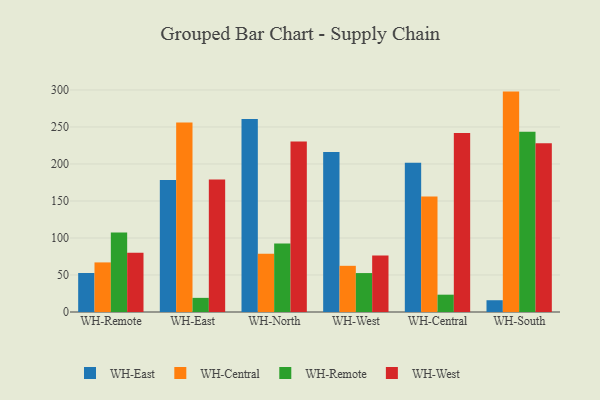
{"axis": {"x": "Warehouse", "y": "Latency (ms)"}, "legend": ["WH-Central", "WH-East", "WH-Remote", "WH-West"], "data": [{"x": "WH-Remote", "y": 52.7, "type": "WH-East"}, {"x": "WH-Remote", "y": 67.0, "type": "WH-Central"}, {"x": "WH-Remote", "y": 107.5, "type": "WH-Remote"}, {"x": "WH-Remote", "y": 80.1, "type": "WH-West"}, {"x": "WH-East", "y": 178.4, "type": "WH-East"}, {"x": "WH-East", "y": 255.9, "type": "WH-Central"}, {"x": "WH-East", "y": 19.1, "type": "WH-Remote"}, {"x": "WH-East", "y": 179.0, "type": "WH-West"}, {"x": "WH-North", "y": 260.9, "type": "WH-East"}, {"x": "WH-North", "y": 78.7, "type": "WH-Central"}, {"x": "WH-North", "y": 92.5, "type": "WH-Remote"}, {"x": "WH-North", "y": 230.3, "type": "WH-West"}, {"x": "WH-West", "y": 216.3, "type": "WH-East"}, {"x": "WH-West", "y": 62.4, "type": "WH-Central"}, {"x": "WH-West", "y": 52.6, "type": "WH-Remote"}, {"x": "WH-West", "y": 76.5, "type": "WH-West"}, {"x": "WH-Central", "y": 201.5, "type": "WH-East"}, {"x": "WH-Central", "y": 156.2, "type": "WH-Central"}, {"x": "WH-Central", "y": 23.4, "type": "WH-Remote"}, {"x": "WH-Central", "y": 241.7, "type": "WH-West"}, {"x": "WH-South", "y": 15.9, "type": "WH-East"}, {"x": "WH-South", "y": 297.8, "type": "WH-Central"}, {"x": "WH-South", "y": 243.7, "type": "WH-Remote"}, {"x": "WH-South", "y": 227.9, "type": "WH-West"}]}